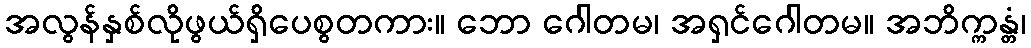
အလွန်နှစ်လိုဖွယ်ရှိပေစွတကား။ ဘော ဂေါတမ၊ အရှင်ဂေါတမ။ အဘိက္ကန္တံ၊